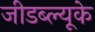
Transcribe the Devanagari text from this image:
जीडब्ल्यूके